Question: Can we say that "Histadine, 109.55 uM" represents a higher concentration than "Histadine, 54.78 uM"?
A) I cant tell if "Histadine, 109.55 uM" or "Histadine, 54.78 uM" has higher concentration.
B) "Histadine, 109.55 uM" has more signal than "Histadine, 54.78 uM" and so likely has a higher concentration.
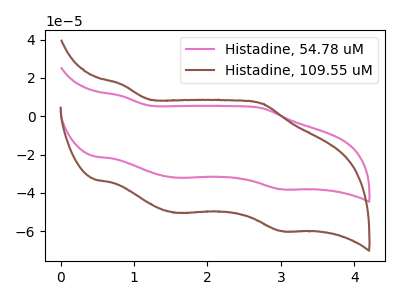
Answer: <think>The pink curve "Histadine, 54.78 uM" has anodic peaks at (0.85V, 10.55uA) (2.75V, 4.20uA) and cathodic peaks at (1.60V, -32.05uA) (3.00V, -38.10uA). The brown curve "Histadine, 109.55 uM" has anodic peaks at (0.85V, 16.60uA) (2.75V, 6.60uA) and cathodic peaks at (1.60V, -50.40uA) (3.00V, -59.90uA).
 All the peaks in "Histadine, 109.55 uM" have a peak in "Histadine, 54.78 uM" at the same potential. Every peak in "Histadine, 109.55 uM" is higher than every peak in "Histadine, 54.78 uM".</think>
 <answer>B) "Histadine, 109.55 uM" has more signal than "Histadine, 54.78 uM" and so likely has a higher concentration.</answer>
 <eval>B</eval>